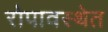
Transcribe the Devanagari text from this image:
रोपावस्थेत